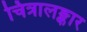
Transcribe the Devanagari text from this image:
चित्रालङ्कार